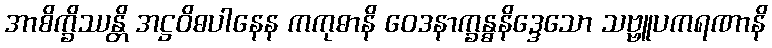
အာစိက္ခိဿန္တိ အဋ္ဌဝိဓပါနေန ကကုဓာနိ ဝေဒနာက္ခန္ဓနိဒ္ဒေသော သဗ္ဗူပကရဏာနိ